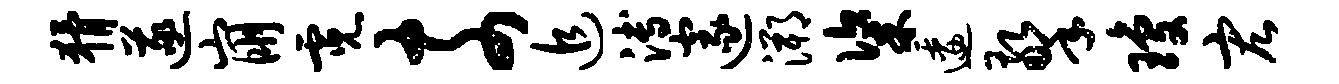
猾遂崩霓奈追溥邃溯粢逶擎琼宏